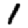
Digit: 1